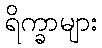
ရိက္ခာများ